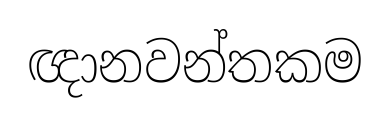
ඥානවන්තකම